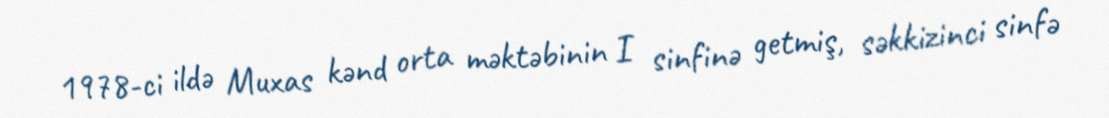
1978-ci ildə Muxas kənd orta məktəbinin I sinfinə getmiş, səkkizinci sinfə